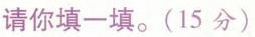
请你填一填。(15分）